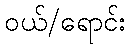
ဝယ်/ရောင်း